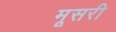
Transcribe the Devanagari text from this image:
मूसरी